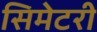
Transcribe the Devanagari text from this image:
सिमेटरी